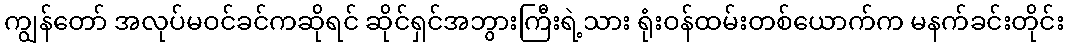
ကျွန်တော် အလုပ်မဝင်ခင်ကဆိုရင် ဆိုင်ရှင်အဘွားကြီးရဲ့သား ရုံးဝန်ထမ်းတစ်ယောက်က မနက်ခင်းတိုင်း